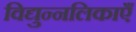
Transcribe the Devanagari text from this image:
विद्युन्नलिकाएँ